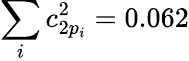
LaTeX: \sum_{i}c_{2p_{i}}^{2}=0.062